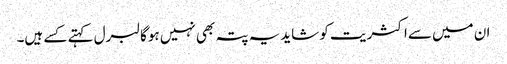
ان میں سےاکثریت کو شایدیہ پتہ بھی نہیں ہوگا لبرل کہتے کسے ہیں۔